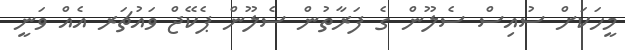
މީހަކަށް ސުއިސް ސެލޫން ގެ ފަރާތުން ސެލޫން ޕެކޭޖް ވައުޗަރ އެއް ވަނީ